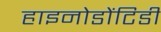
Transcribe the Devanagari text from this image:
हाइनोडोंटिडी